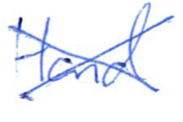
Text: Hand
Cross-out: cross
Writing tool: ballpoint